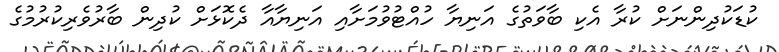
ކުޑަކުދިންނަށް ކުރާ އެކި ބާވަތުގެ އަނިޔާ ހުއްޓުވުމަށާއި އަނިޔާއާ ދެކޮޅަށް ކުދިން ބާރުވެރިކުރުމުގެ